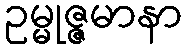
ဥမ္မုဇ္ဇမာနာ